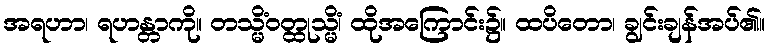
အရဟာ၊ ရဟန္တာကို။ တသ္မိံဝတ္ထုသ္မိံ၊ ထိုအကြောင်း၌။ ထပိတော၊ ချွင်းချန်အပ်၏။